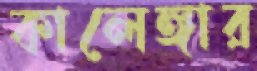
কালেঙ্গার